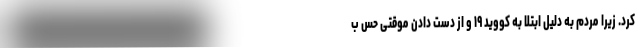
کرد. زیرا مردم به دلیل ابتلا به کووید ۱۹ و از دست دادن موقتی حس ب